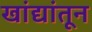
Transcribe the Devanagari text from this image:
खांद्यांतून